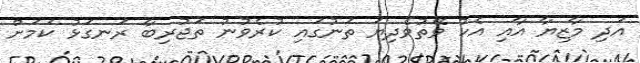
އަދި މާޒިޔާ އާއި އެކު ވޭތުވެދިޔަ ތަނުގައި ކުރެވުނު ތަޖުރިބާ ރަނގަޅު ކަމަށް